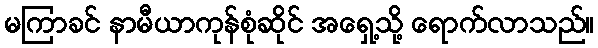
မကြာခင် နာမီယာကုန်စုံဆိုင် အရှေ့သို့ ရောက်လာသည်။